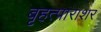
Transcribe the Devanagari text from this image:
बृहत्पाराशर